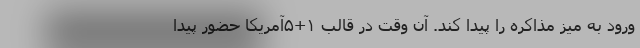
ورود به میز مذاکره را پیدا کند. آن وقت در قالب ۱+۵آمریکا حضور پیدا